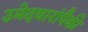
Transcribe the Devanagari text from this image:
उमेदवारांपैकी